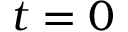
t = 0